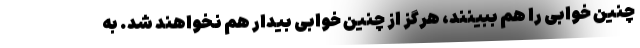
چنین خوابی را هم ببینند، هرگز از چنین خوابی بیدار هم نخواهند شد. به